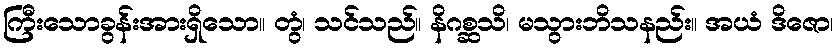
ကြီးသောခွန်းအားရှိသော။ တွံ၊ သင်သည်။ နိဂစ္ဆသိ၊ မသွားဘိသနည်း။ အယံ ဒိဇော၊